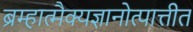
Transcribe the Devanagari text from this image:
ब्रम्हात्मैक्यज्ञानोत्पात्तीत